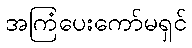
အကြံပေးကော်မရှင်